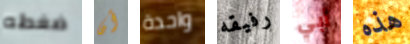
ضغطه أن واحدة رفيقه أبي هذه